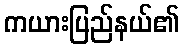
ကယားပြည်နယ်၏